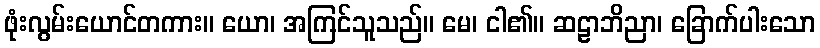
ဖုံးလွမ်းယောင်တကား။ ယော၊ အကြင်သူသည်။ မေ၊ ငါ၏။ ဆဠာဘိညာ၊ ခြောက်ပါးသော